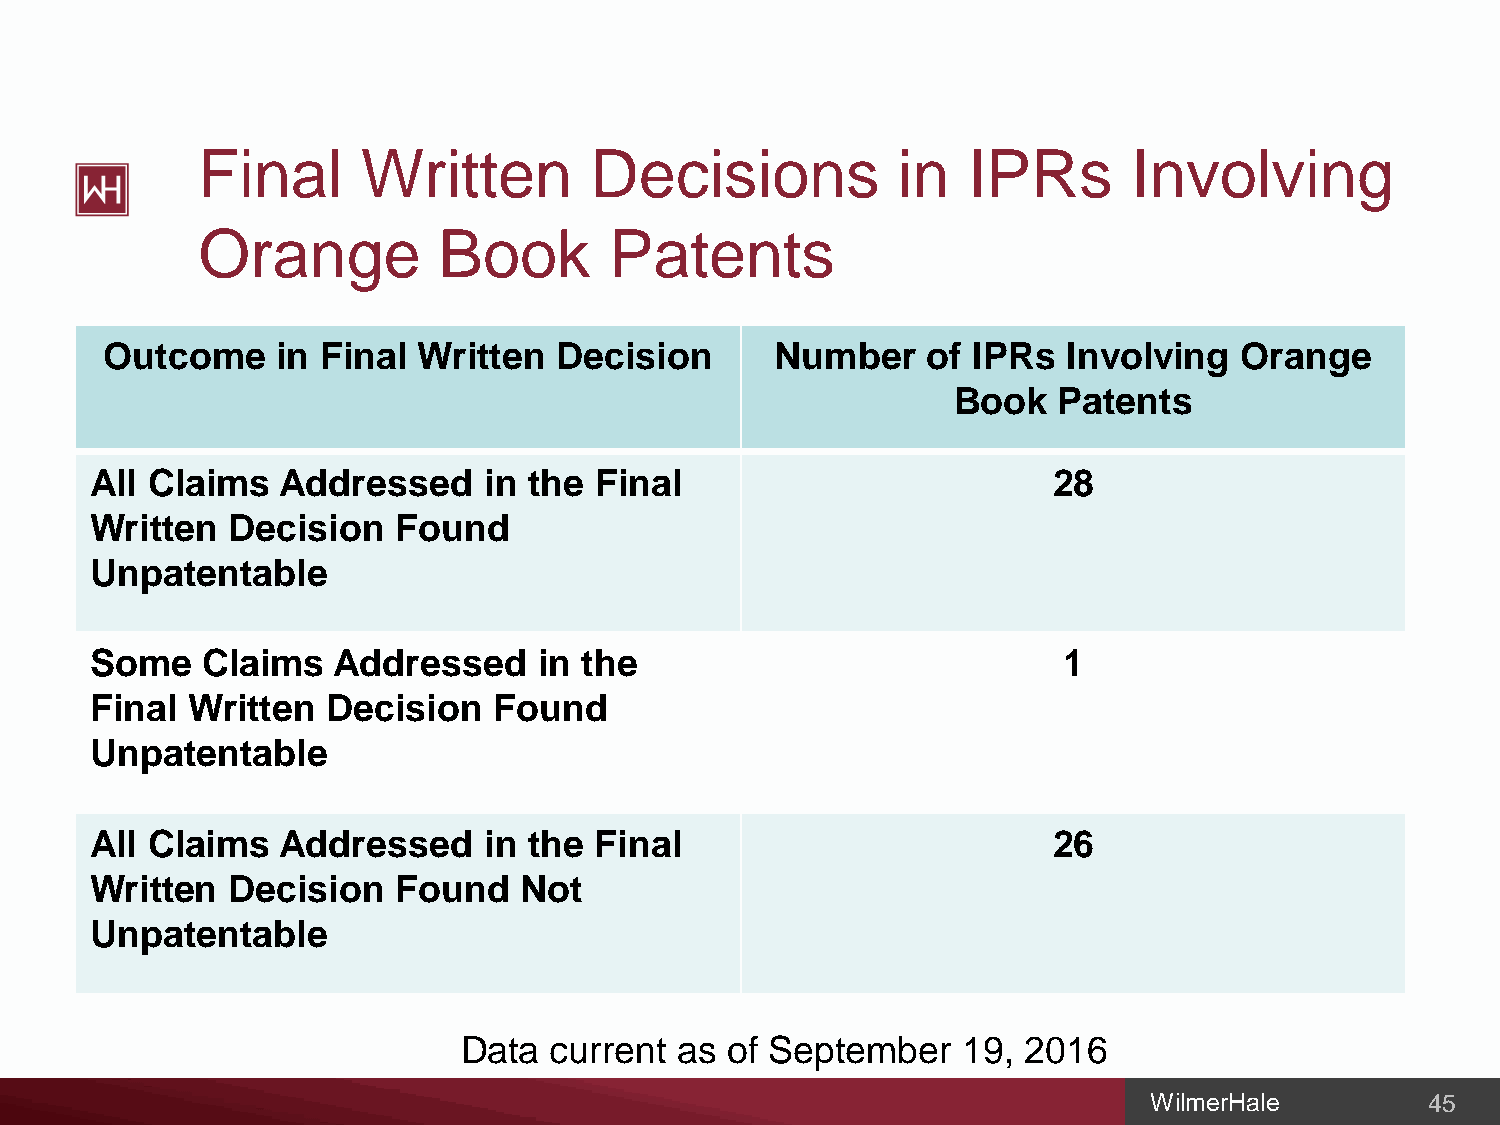
Final      Written        Decisions           in   IPRs       Involving
 Orange          Book       Patents
 Outcome    in Final  Written  Decision      Number    of IPRs   Involving  Orange
 Book   Patents
 All Claims   Addressed    in the Final                          28
 Written  Decision   Found
 Unpatentable
 Some   Claims   Addressed     in the                            1
 Final Written   Decision   Found
 Unpatentable
 All Claims   Addressed    in the Final                          26
 Written  Decision   Found   Not
 Unpatentable
 Data current  as of September    19, 2016
 WilmerHale         45